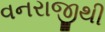
વનરાજીથી